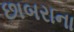
છાબરાના